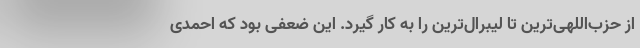
از حزب‌اللهی‌ترین تا لیبرال‌ترین را به کار گیرد. این ضعفی بود که احمدی